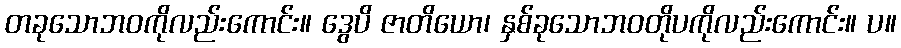
တခုသောဘဝကိုလည်းကောင်း။ ဒွေပိ ဇာတိယော၊ နှစ်ခုသောဘဝတိုပကိုလည်းကောင်း။ ပ။